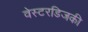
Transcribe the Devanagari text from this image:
वेस्टरडिजकी